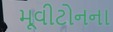
મૂવીટોનના